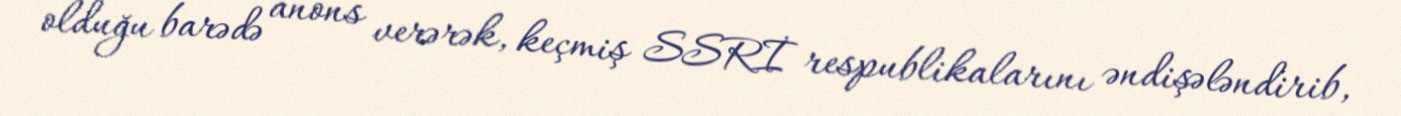
olduğu barədə anons verərək, keçmiş SSRİ respublikalarını əndişələndirib,